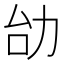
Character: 𠡇